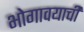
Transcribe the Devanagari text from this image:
भोगावयाची